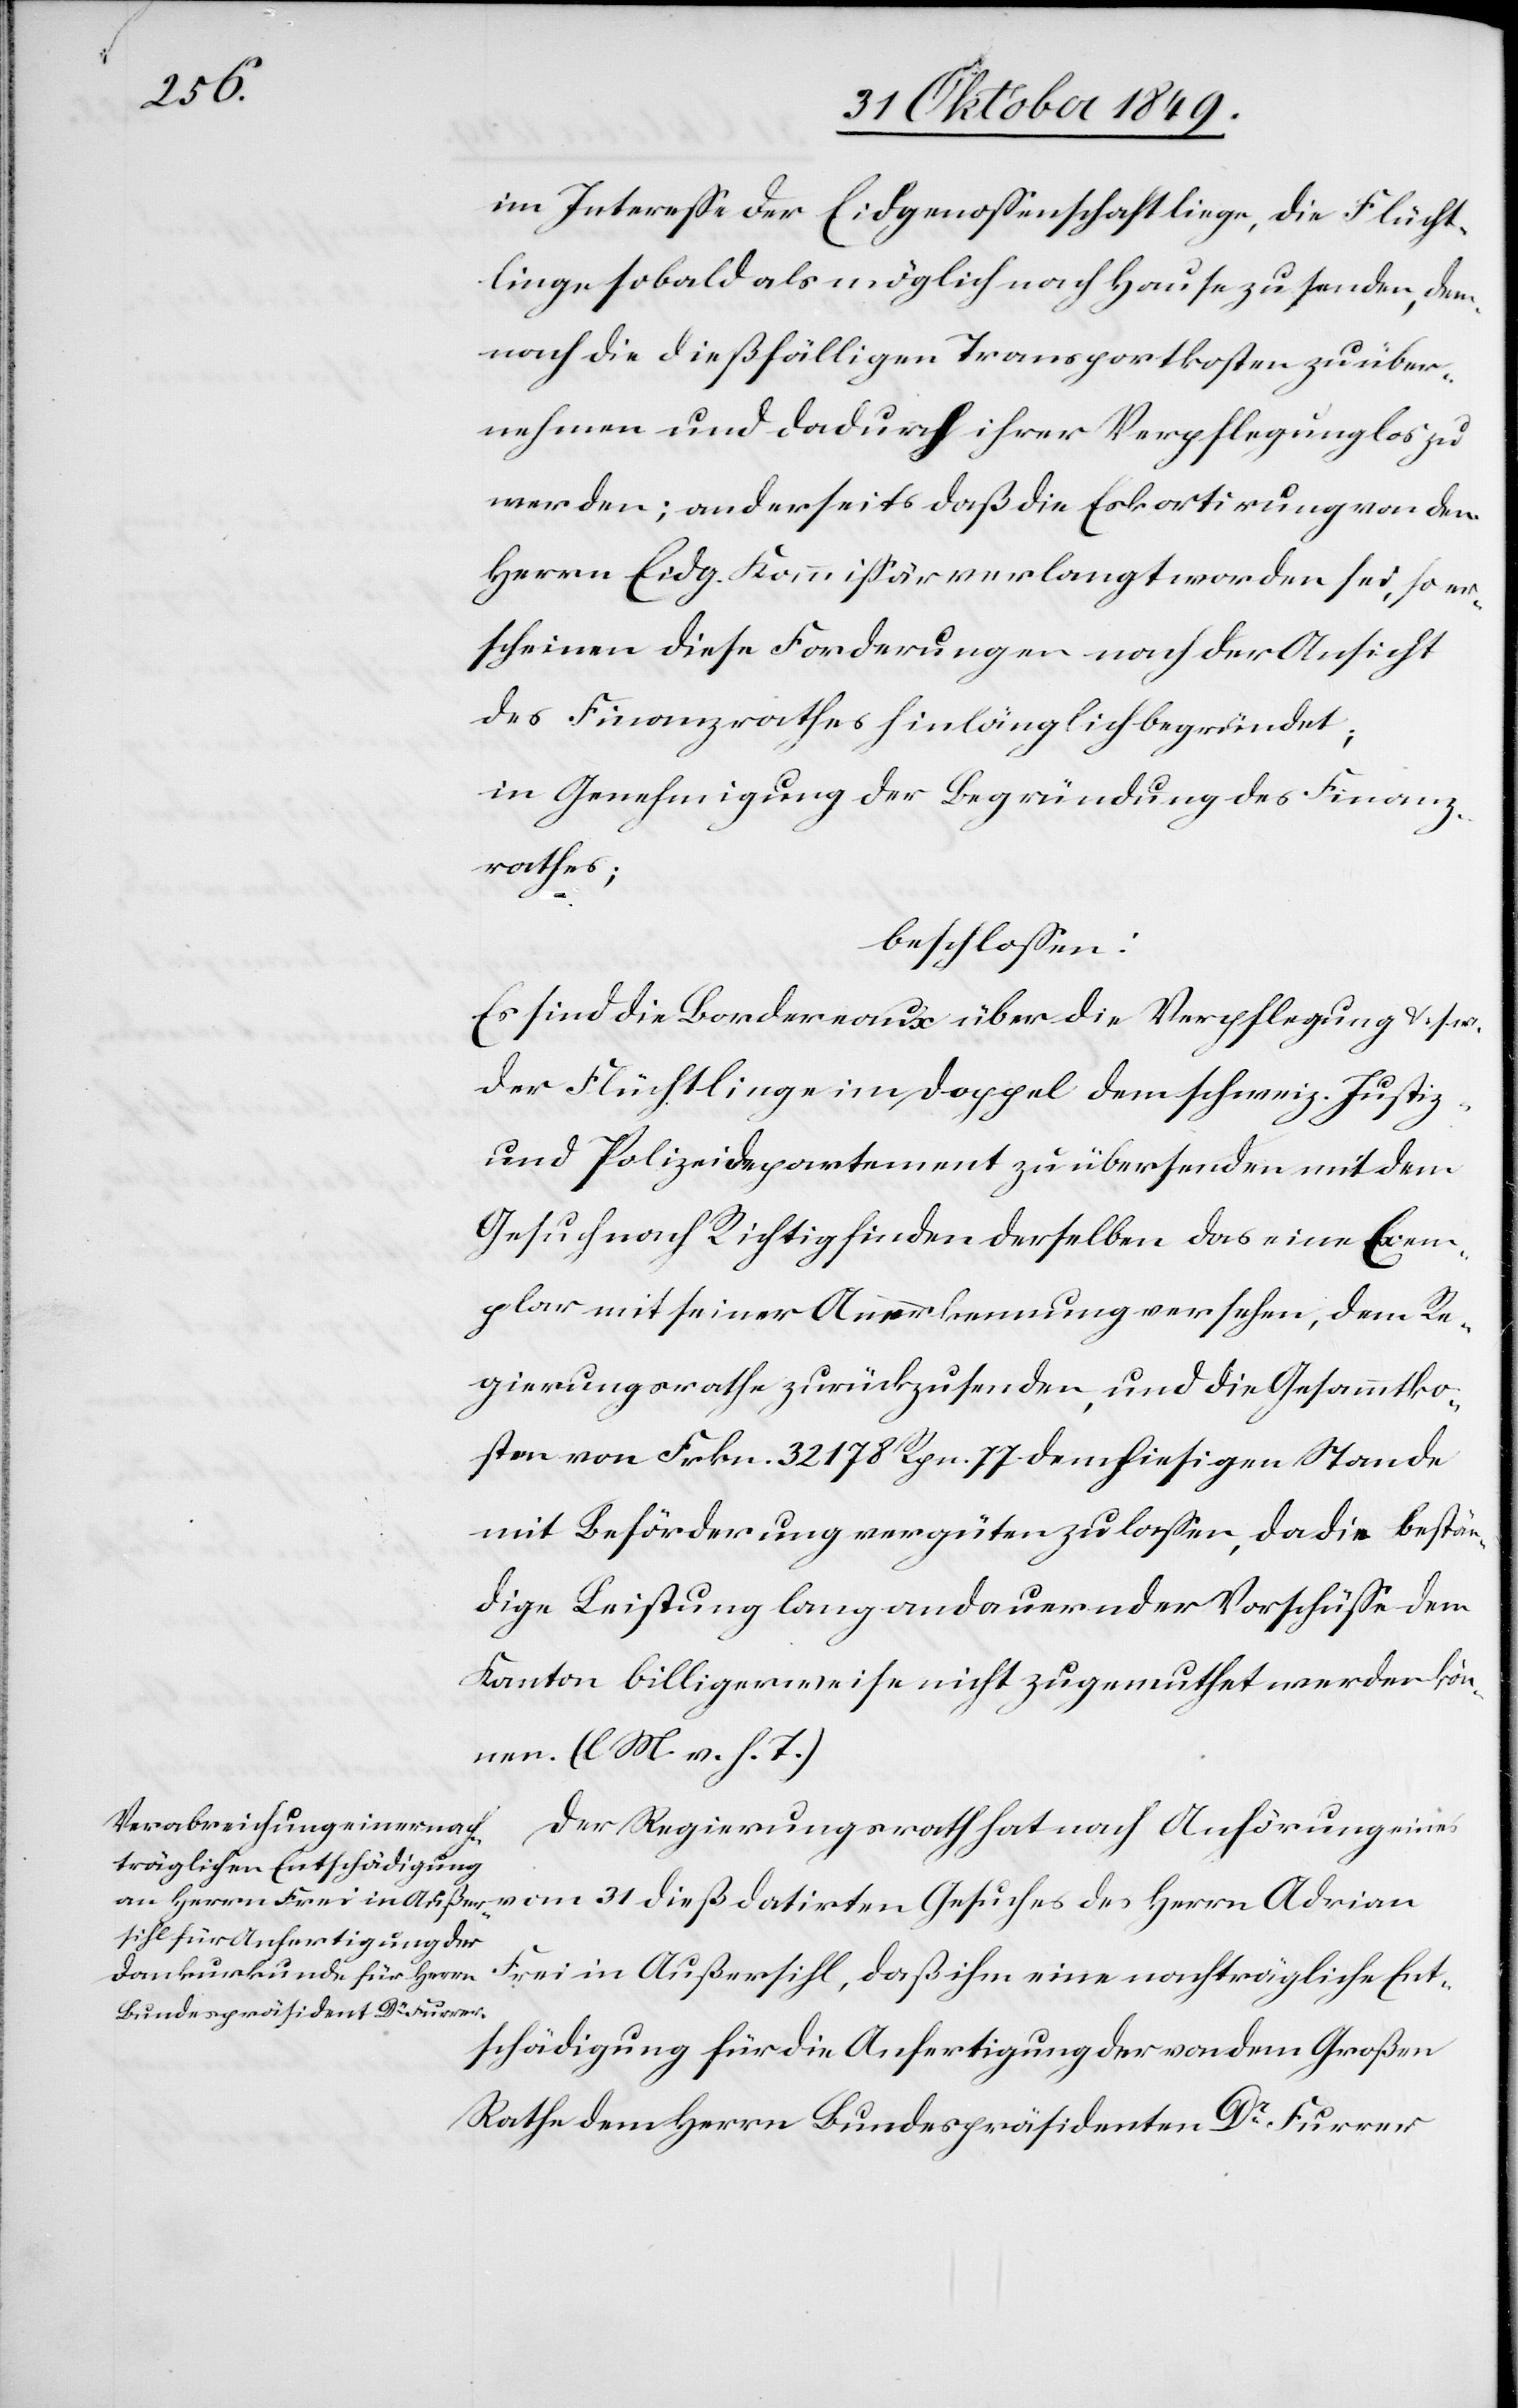
im Intereße der Eidgenossenschaft liege, die Flücht¬
linge sobald als möglich nach Hause zu senden, dem¬
nach die dießfälligen Transportkosten zu über¬
nehmen und dadurch ihrer Verpflegung los zu
werden; anderseits daß die Eskortirung von dem
Herrn Eidg. Kommißär verlangt worden sei, so er¬
scheinen diese Forderungen nach der Ansicht
des Finanzrathes hinlänglich begründet;
in Genehmigung der Begründung des Finanz¬
rathes;
beschloßen:
Es sind die Bordereaux über die Verpflegung u. s. w.
der Flüchtlinge im Doppel dem schweiz. Justiz-
u. Polizeidepartement zu übersenden mit dem
Gesuch nach Richtigfinden derselben das eine Exem¬
plar mit seiner Anerkennung versehen, dem Re¬
gierungsrathe zurückzusenden, und die Gesammtko¬
sten von Frkn. 32178 Rpn. 77 dem hiesigen Stande
mit Beförderung vergüten zu laßenn, da die bestän¬
dige Leistung lang andauernder Vorschüße dem
Kanton billigerweise nicht zugemuthet werden kön¬
nen. [l. M. v. h. T]
Der Regierungsrath hat nach Anhörung eines
vom 31 dieß datirten Gesuches des Herrn Adrian
Frei in Außersihl, daß ihm eine nachträgliche Ent¬
schädigung für die Anfertigung der von dem Großen
Rathe dem Herrn Bundespräsidenten Dr Furrer